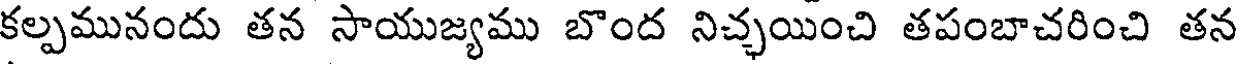
కల్పమునందు తన సాయుజ్యము బొంద నిచ్చయించి తపంబాచరించి తన